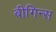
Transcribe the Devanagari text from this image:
बीगिन्स